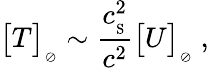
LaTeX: \big[T\big]_{_{\oslash}}\sim{\frac{c_{_\mathrm{S}}^{2}}{c^{2}}}\big[U\big]_{_{\oslash}}\ ,